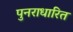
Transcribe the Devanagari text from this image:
पुनराधारित